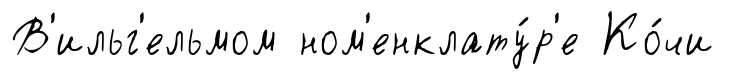
В'ильг'ельмом ном'енклату́р'е Ко́чи